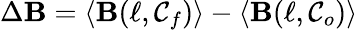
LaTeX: \Delta\mathbf{B}=\langle\mathbf{B}(\ell,\mathcal{{C}}_{f})\rangle-\langle\mathbf{B}(\ell,\mathcal{{C}}_{o})\rangle